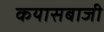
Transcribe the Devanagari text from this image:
कयासबाजी